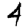
Digit: 4